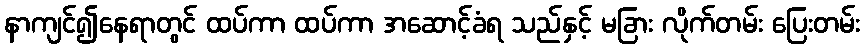
နာကျင်၍နေရာတွင် ထပ်ကာ ထပ်ကာ အဆောင့်ခံရ သည်နှင့် မခြား လိုက်တမ်း ပြေးတမ်း